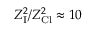
Z _ { \mathrm { I } } ^ { 2 } / Z _ { \mathrm { C l } } ^ { 2 } \approx 1 0